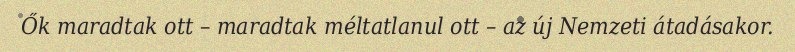
Ők maradtak ott – maradtak méltatlanul ott – az új Nemzeti átadásakor.